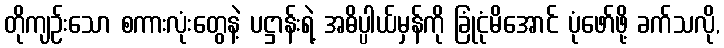
တိုကျဉ်းသော စကားလုံးတွေနဲ့ ပဋ္ဌာန်းရဲ့ အဓိပ္ပါယ်မှန်ကို ခြုံငုံမိအောင် ပုံဖော်ဖို့ ခက်သလို,